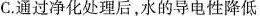
C.通过净化处理后，水的导电性降低